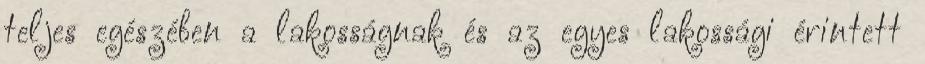
teljes egészében a lakosságnak és az egyes lakossági érintett